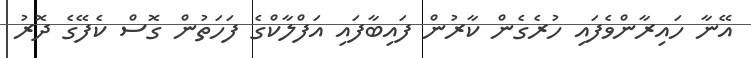
އޭނާ ހައިރާންވެފައި ހުރެގެން ކާރުން ފައިބާފައި އަފްލާކްގެ ފަހަތުން ގޮސް ކެފޭގެ ދޮރު